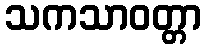
သကသာဝတ္တာ